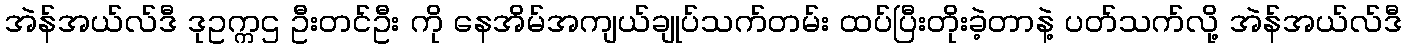
အဲန်အယ်လ်ဒီ ဒုဥက္ကဌ ဦးတင်ဦး ကို နေအိမ်အကျယ်ချုပ်သက်တမ်း ထပ်ပြီးတိုးခဲ့တာနဲ့ ပတ်သက်လို့ အဲန်အယ်လ်ဒီ